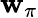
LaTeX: \mathbf{w}_{\pi}